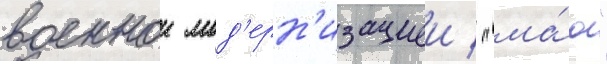
военнои мод'ерн'изациеи / "ма́ю"